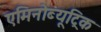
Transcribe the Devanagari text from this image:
एमिनोब्यूट्रिक